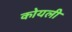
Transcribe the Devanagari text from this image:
कोयली